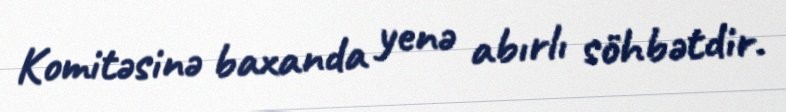
Komitəsinə baxanda yenə abırlı söhbətdir.